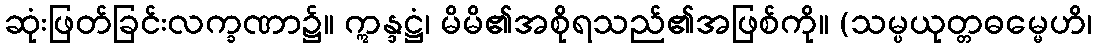
ဆုံးဖြတ်ခြင်းလက္ခဏာ၌။ ဣန္ဒဋ္ဌံ၊ မိမိ၏အစိုရသည်၏အဖြစ်ကို။ (သမ္ပယုတ္တဓမ္မေဟိ၊